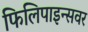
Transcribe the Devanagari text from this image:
फिलिपाइन्सवर